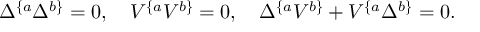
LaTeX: \Delta ^ { \{ a } \Delta ^ { b \} } = 0 , \quad V ^ { \{ a } V ^ { b \} } = 0 , \quad \Delta ^ { \{ a } V ^ { b \} } + V ^ { \{ a } \Delta ^ { b \} } = 0 .